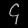
Digit: ၄